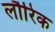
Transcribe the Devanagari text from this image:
लौरिक